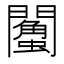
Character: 𨷌